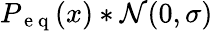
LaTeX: P_{\mathrm{~e~q~}}(x)*\mathcal{N}(0,\sigma)